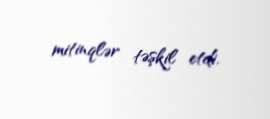
mitinqlər təşkil etdi.